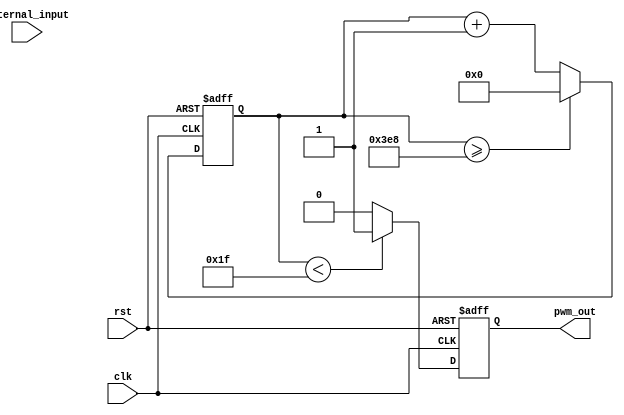
module pwm_pulse_generator (
    input wire clk,
    input wire rst,
    input wire external_input,
    output reg pwm_out
);

reg [15:0] count;
reg [3:0] duty_cycle = 4'h8; // 50% duty cycle
reg [15:0] period = 16'd1000; // 1kHz frequency

always @(posedge clk or posedge rst) begin
    if (rst) begin
        count <= 16'b0;
        pwm_out <= 1'b0;
    end else begin
        count <= count + 1;
        if (count >= period) begin
            count <= 16'b0;
        end
        if (count < (period * duty_cycle / 16'hFF)) begin
            pwm_out <= 1'b1;
        end else begin
            pwm_out <= 1'b0;
        end
    end
end

endmodule